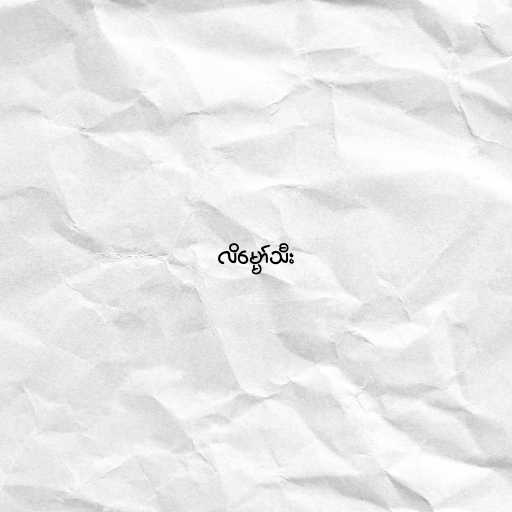
လိမ္မော်သီး